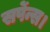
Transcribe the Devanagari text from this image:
सर्पेन्स।